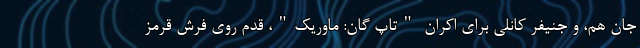
جان هم، و جنیفر کانلی برای اکرانِ "تاپ گان: ماوریک"، قدم روی فرش قرمز